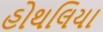
હોથલિયા